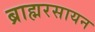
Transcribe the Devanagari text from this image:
ब्राह्मरसायन